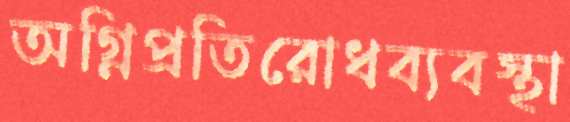
অগ্নিপ্রতিরোধব্যবস্থা